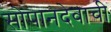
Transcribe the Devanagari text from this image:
सोपानदेवाची